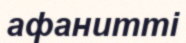
афанитті